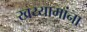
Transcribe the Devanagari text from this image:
खय्यामांना